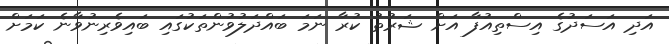
އަދި އަސަދުގެ އިސްތިއުފާ އަށް ޝަރުތު ކުރާ ނަމަ ބައްދަލުވުންތަކުގައި ބައިވެރިނުވާނެ ކަމަށް